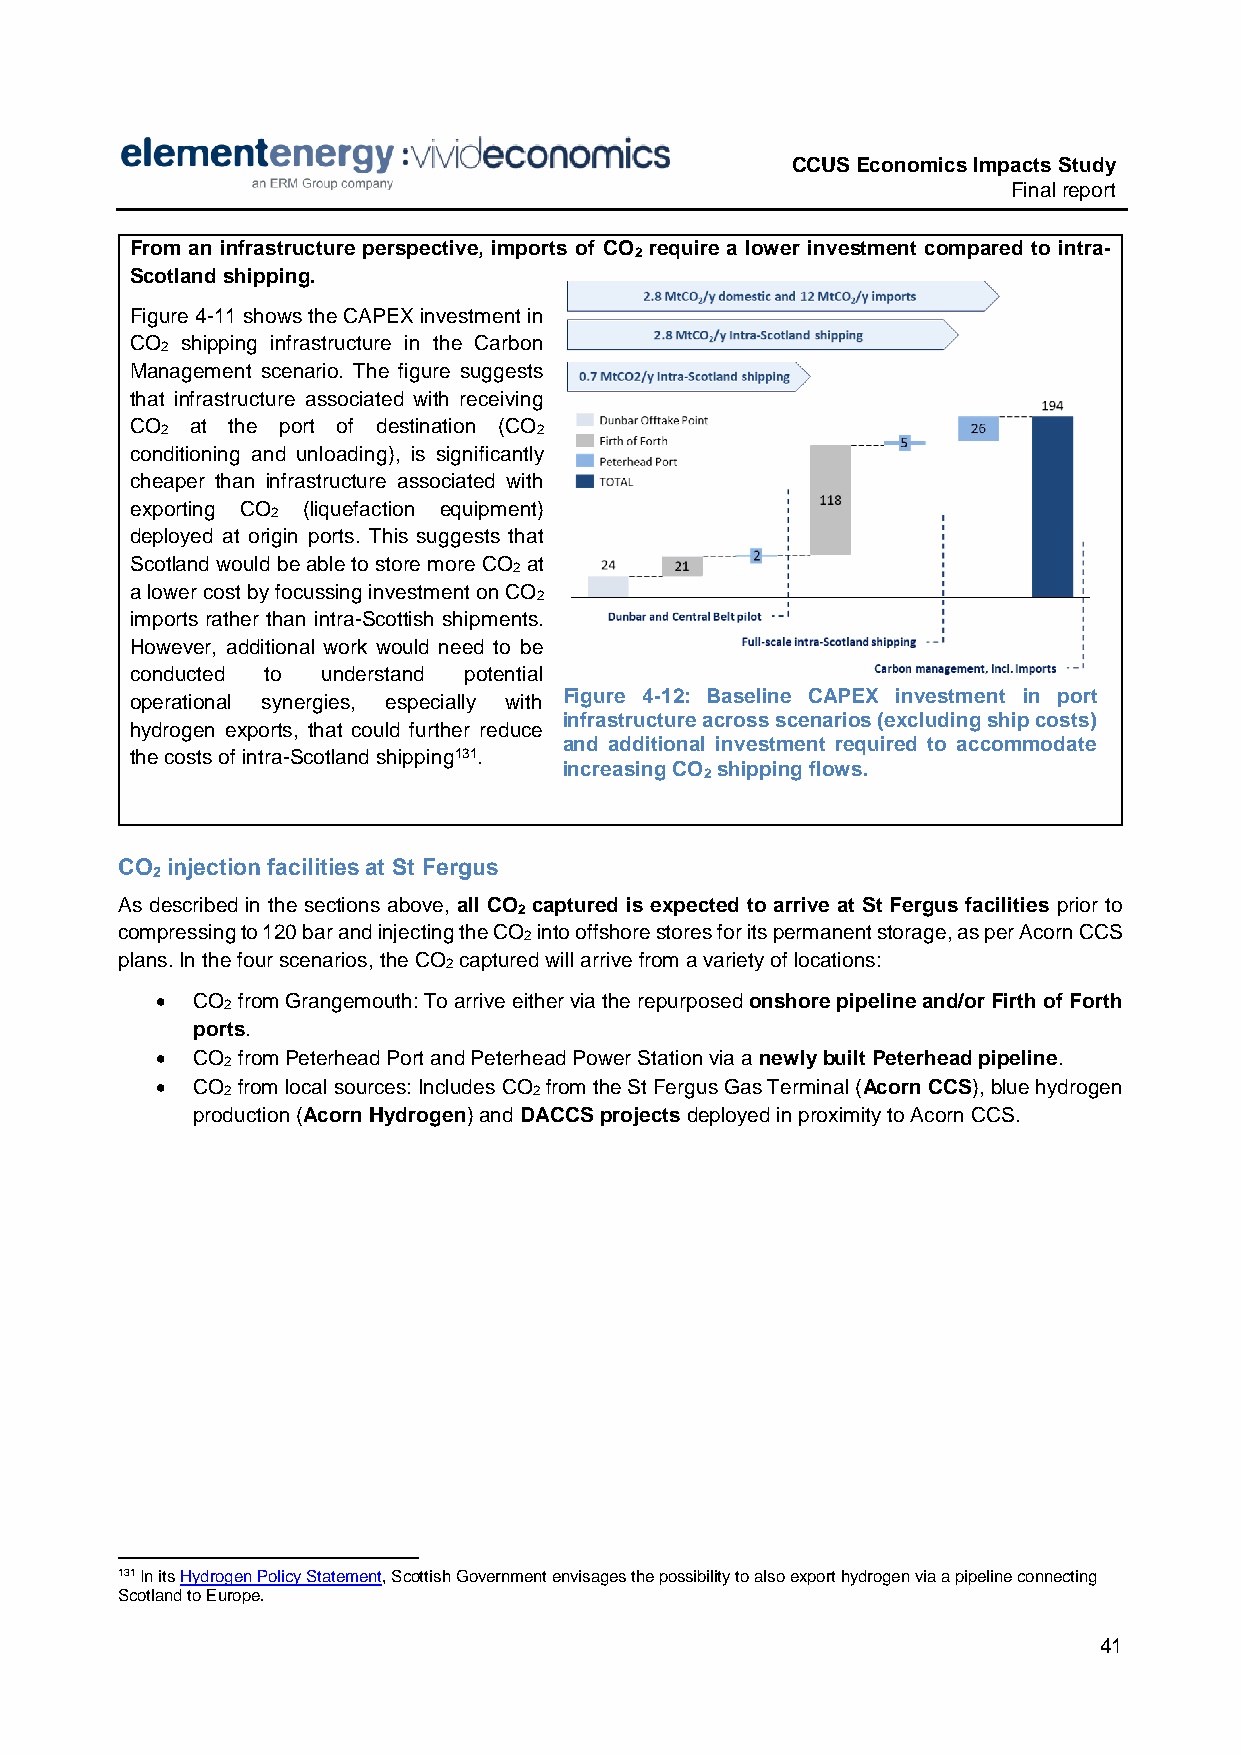
CCUS Economics Impacts Study
 Final report
 From an infrastructure perspective, imports of CO require a lower investment compared to intra-
 2
 Scotland shipping.
 Figure 4-11 shows the CAPEX investment in
 CO shipping infrastructure in the Carbon
 2
 Management scenario. The figure suggests
 that infrastructure associated with receiving
 CO  at the port of destination (CO
 2                        2
 conditioning and unloading), is significantly
 cheaper than infrastructure associated with
 exporting CO (liquefaction equipment)
 2
 deployed at origin ports. This suggests that
 Scotland would be able to store more CO at
 2
 a lower cost by focussing investment on CO
 2
 imports rather than intra-Scottish shipments.
 However, additional work would need to be
 conducted to understand potential
 operational synergies, especially with Figure 4-12: Baseline CAPEX investment in port
 infrastructure across scenarios (excluding ship costs)
 hydrogen exports, that could further reduce
 and additional investment required to accommodate
 the costs of intra-Scotland shipping131.
 increasing CO shipping flows.
 2
 CO injection facilities at St Fergus
 2
 As described in the sections above, all CO captured is expected to arrive at St Fergus facilities prior to
 2
 compressing to 120 bar and injecting the CO into offshore stores for its permanent storage, as per Acorn CCS
 2
 plans. In the four scenarios, the CO captured will arrive from a variety of locations:
 2
   CO from Grangemouth: To arrive either via the repurposed onshore pipeline and/or Firth of Forth
 2
 ports.
   CO from Peterhead Port and Peterhead Power Station via a newly built Peterhead pipeline.
 2
   CO from local sources: Includes CO from the St Fergus Gas Terminal (Acorn CCS), blue hydrogen
 2                   2
 production (Acorn Hydrogen) and DACCS projects deployed in proximity to Acorn CCS.
 131 In its Hydrogen Policy Statement, Scottish Government envisages the possibility to also export hydrogen via a pipeline connecting
 Scotland to Europe.
 41